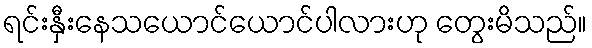
ရင်းနှီးနေသယောင်ယောင်ပါလားဟု တွေးမိသည်။